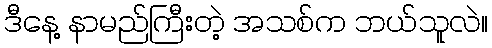
ဒီနေ့ နာမည်ကြီးတဲ့ အသစ်က ဘယ်သူလဲ။